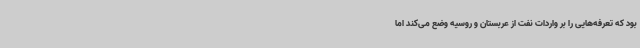
بود که تعرفه‌هایی را بر واردات نفت از عربستان و روسیه وضع می‌کند اما